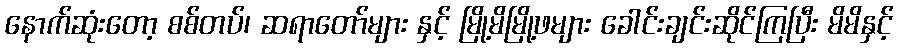
နောက်ဆုံးတော့ စစ်တပ်၊ ဆရာတော်များ နှင့် မြို့မိမြို့ဖများ ခေါင်းချင်းဆိုင်ကြပြီး မိမိနှင့်